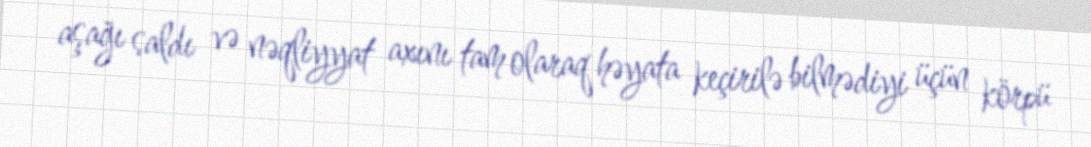
aşağı saldı və nəqliyyat axını tam olaraq həyata keçirilə bilmədiyi üçün körpü